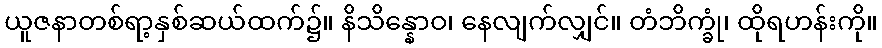
ယူဇနာတစ်ရာ့နှစ်ဆယ်ထက်၌။ နိသိန္နောဝ၊ နေလျက်လျှင်။ တံဘိက္ခုံ၊ ထိုရဟန်းကို။